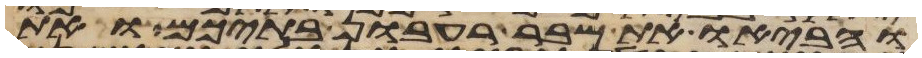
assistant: והביאו את שבר רעבון בתיכם ואת